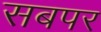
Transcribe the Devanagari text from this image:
सबपर